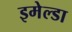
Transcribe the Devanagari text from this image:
इमेल्डा